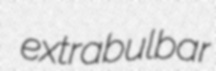
extrabulbar